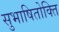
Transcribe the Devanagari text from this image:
सुभाषितोक्ति